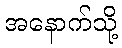
အနောက်သို့